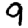
Digit: 9